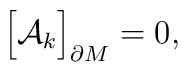
\Bigr[{\cal A}_{k}\Bigr]_{\partial M}=0 ,